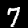
Digit: 7